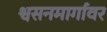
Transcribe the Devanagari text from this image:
श्वसनमार्गावर